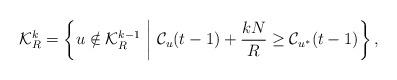
LaTeX: \begin{align*}\mathcal{K}_{R}^k = \left\{ u \notin \mathcal{K}_{R}^{k-1} ~\middle|~ \mathcal{C}_u(t-1) + \frac{kN}{R} \geq \mathcal{C}_{u^*}(t-1) \right\} , \end{align*}